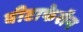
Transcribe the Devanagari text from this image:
बीटाफेरॉन